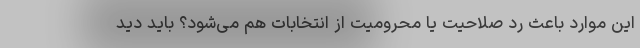
این موارد باعث رد صلاحیت یا محرومیت از انتخابات هم می‌شود؟ باید دید